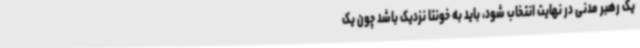
یک رهبر مدنی در نهایت انتخاب شود، باید به خونتا نزدیک باشد چون یک